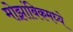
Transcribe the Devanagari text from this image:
मोझांबिकमध्ये